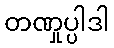
တဏှုပ္ပါဒါ